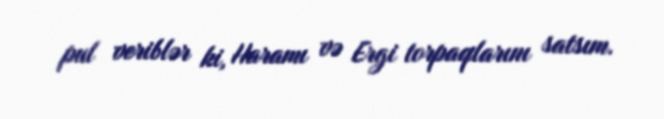
pul veriblər ki, Haramı və Ergi torpaqlarını satsım.